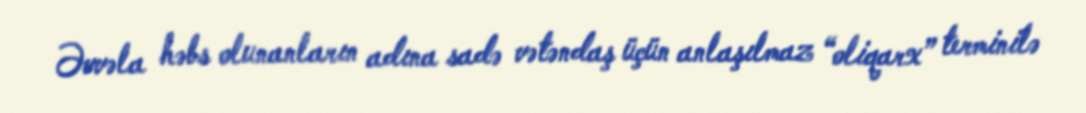
Əvvəla həbs olunanların adına sadə vətəndaş üçün anlaşılmaz “oliqarx” terminilə